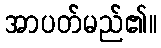
အာပတ်မည်၏။